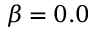
\beta = 0 . 0